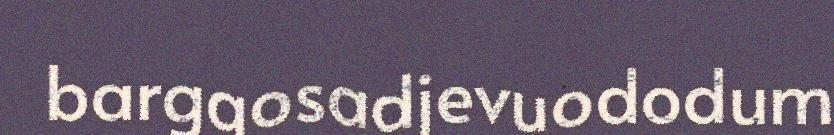
barggosadjevuododum